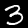
Digit: 3